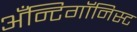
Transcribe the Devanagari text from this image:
अँन्टिगॉनिस्ट